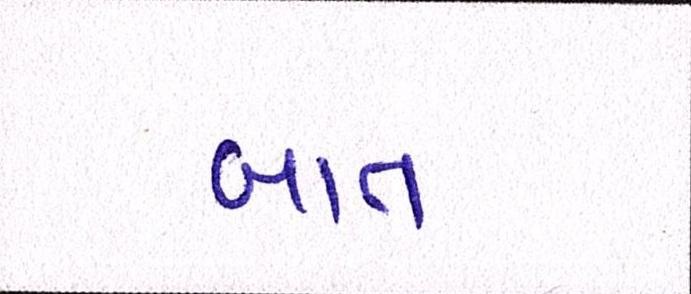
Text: બાત